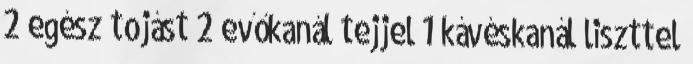
2 egész tojást 2 evőkanál tejjel 1 kávéskanál liszttel